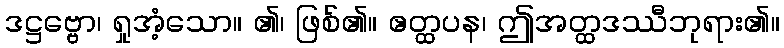
ဒဋ္ဌဗ္ဗော၊ ရှုအံ့သော။ ၏၊ ဖြစ်၏။ ဧတ္ထပန၊ ဤအတ္ထဒဿီဘုရား၏။